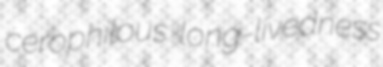
cerophilous long-livedness